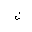
Letter: _lam